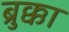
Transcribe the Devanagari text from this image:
ब्रुक्का